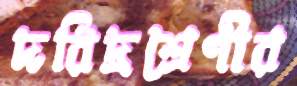
দরিদ্রশ্রেণীর